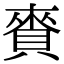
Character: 賚